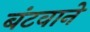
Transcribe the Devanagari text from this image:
बंटवाने